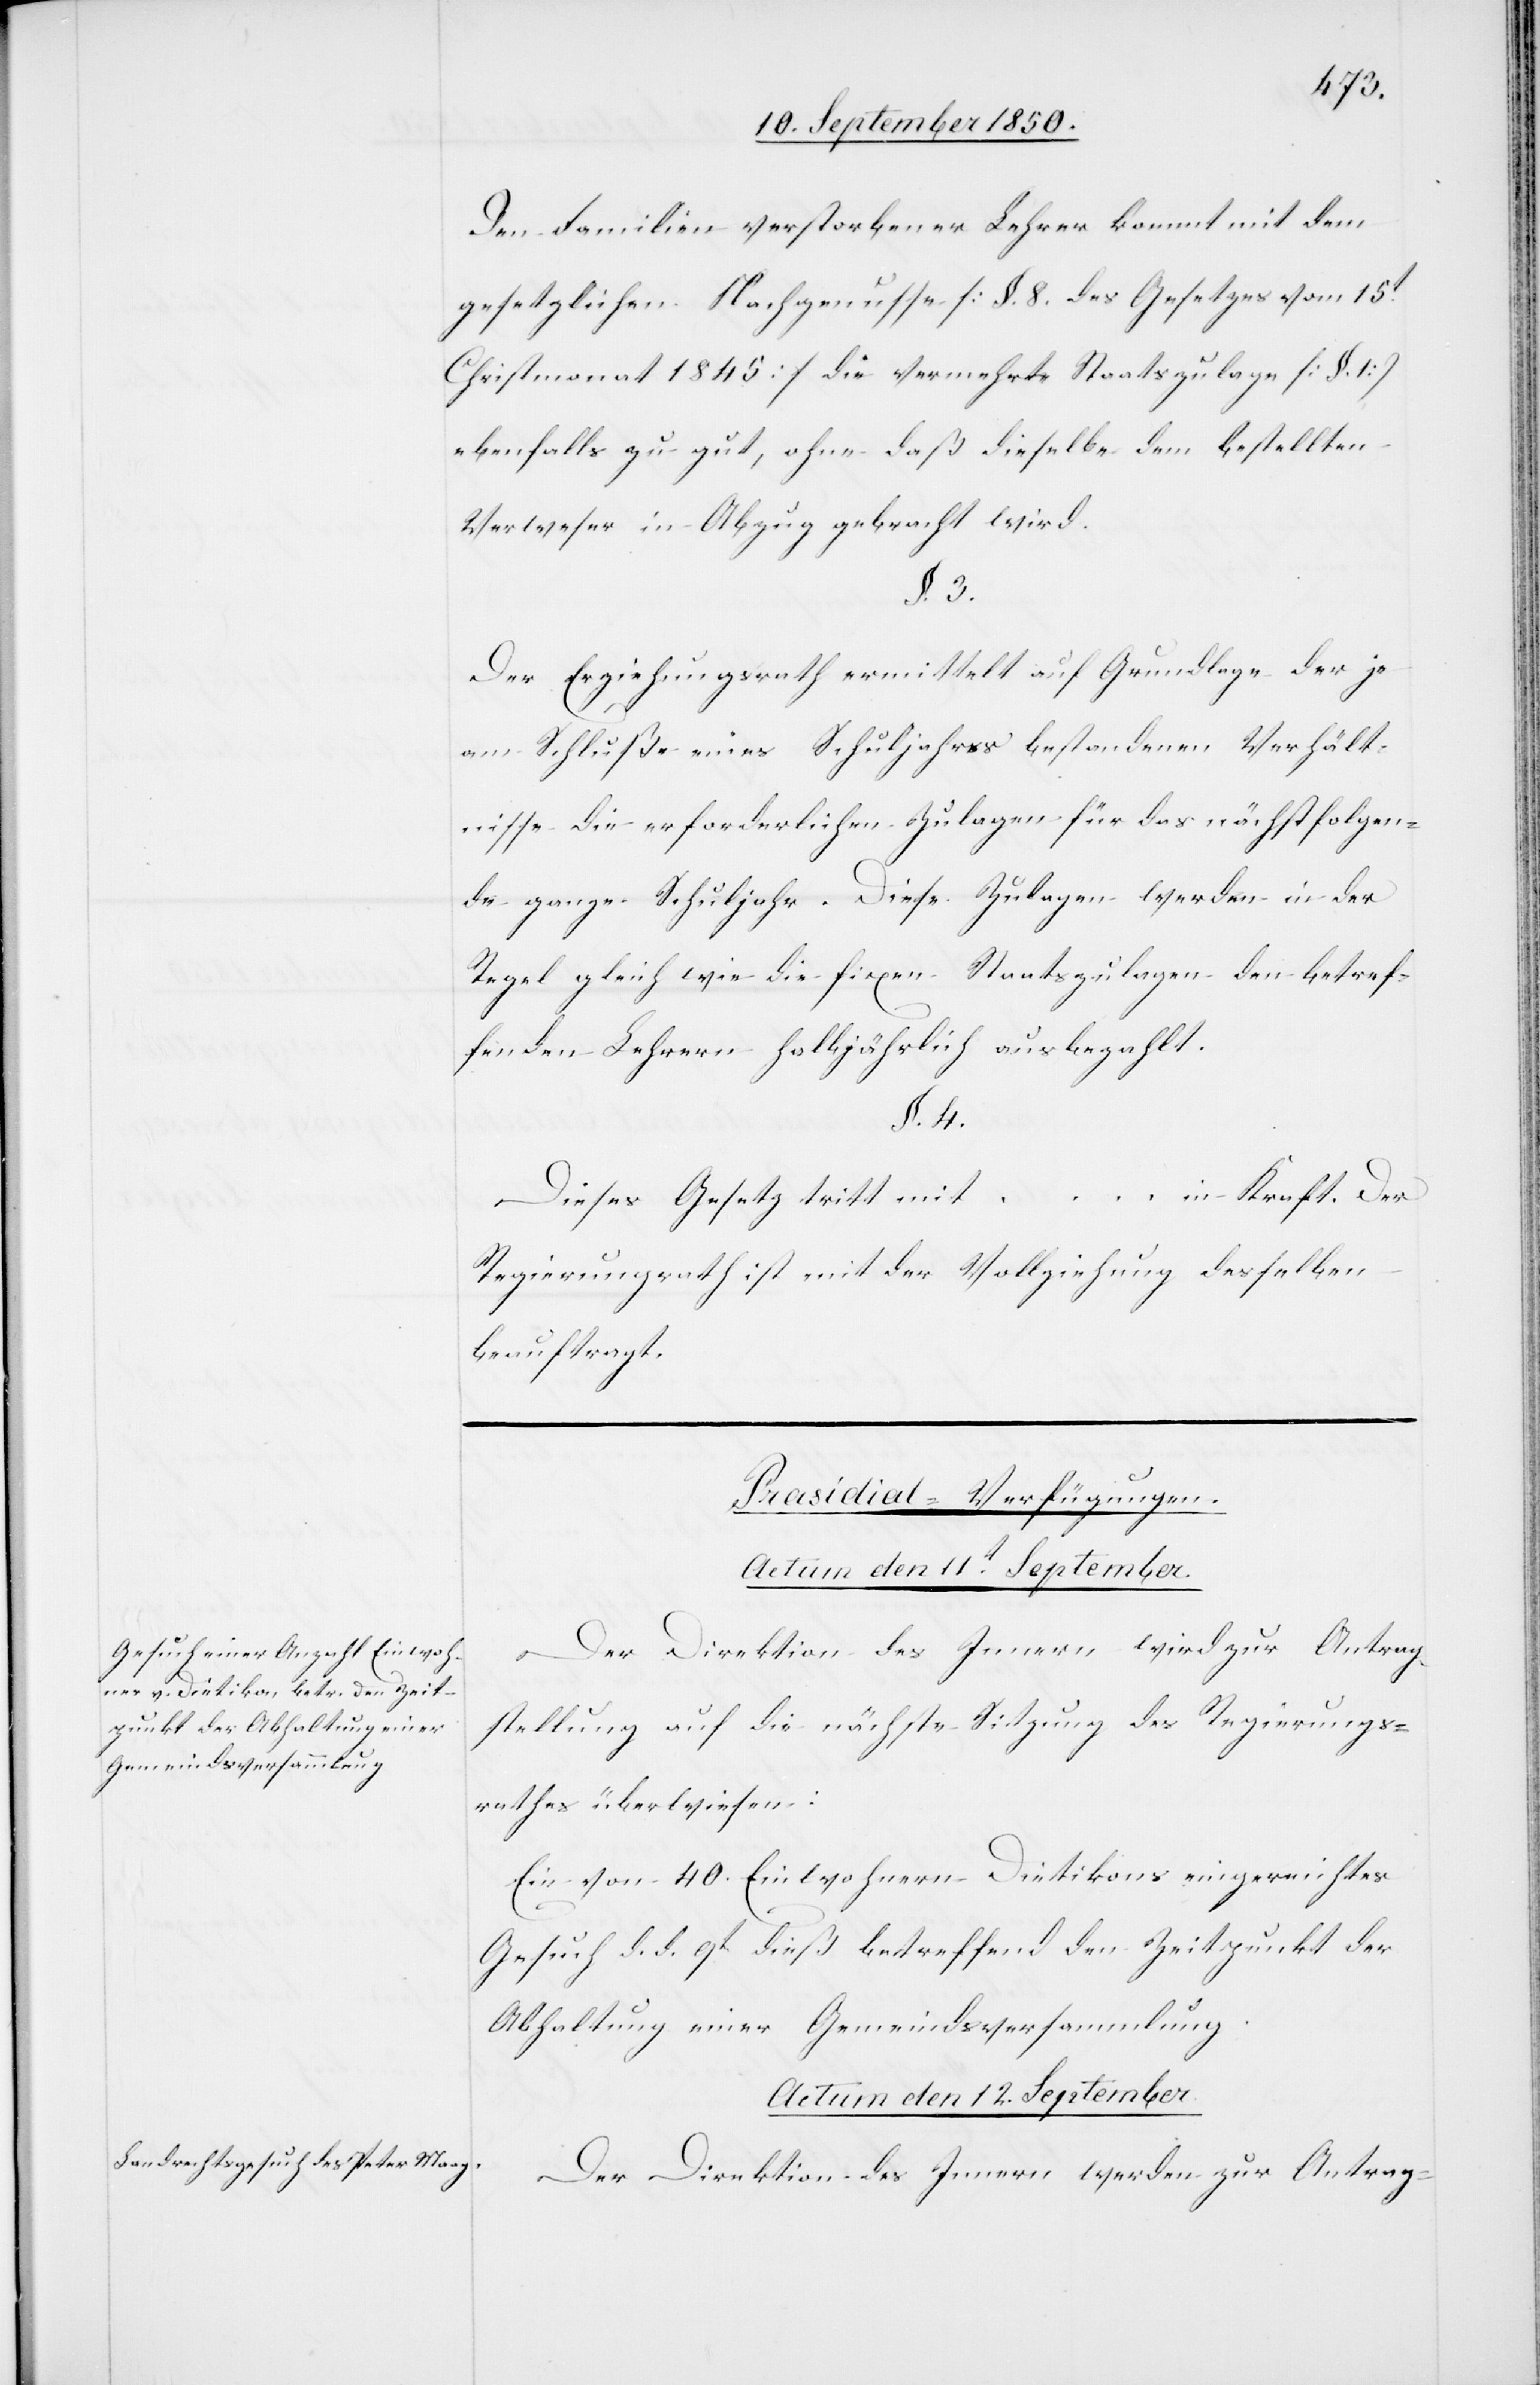
Den Familien verstorbener Lehrer kommt mit dem
gesetzlichen Nachgenusse [§. 8. des Gesetzes vom 15t
Christmonat 1845] die vermehrte Staatszulage [§. 1]
ebenfalls zu gut, ohne daß dieselbe dem bestellten
Verweser in Abzug gebracht wird.
§. 3.
Der Erziehungsrath ermittelt auf Grundlage der je
am Schluße eines Schuljahres bestandenen Verhält¬
nisse die erforderlichen Zulagen für das nächstfolgen¬
de ganze Schuljahr. Diese Zulagen werden in der
Regel gleich wie die fixen Staatszulagen den betref¬
fenden Lehrern halbjährlich ausbezahlt.
§. 4.
Dieses Gesetz tritt mit … in Kraft. Der
Regierungsrath ist mit der Vollziehung desselben
beauftragt.
[Prasidial-Verfügungen.]
Actum den 12. September.
Der Direktion des Innern wird zur Antrag¬
stellung auf die nächste Sitzung des Regierungs¬
rathes überwiesen:
Ein von 40. Einwohnern Dietikons eingereichtes
Gesuch d. d. 9t dieß betreffend den Zeitpunkt der
Abhaltung einer Gemeindsversammlung.
Der Direktion des Innern werden zur Antrag-